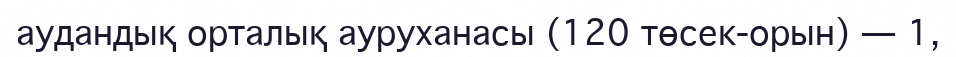
аудандық орталық ауруханасы (120 төсек-орын) — 1,